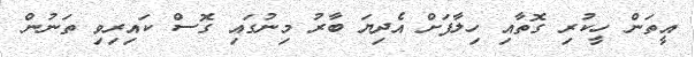
އީތަން ހީކުރި ގޮތާއި ހިލާފަށް އެދިޔަ ބާރު މިނުގައި ގޮސް ކައިރިވި ތަނުން